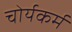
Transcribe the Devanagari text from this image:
चोर्यकर्म